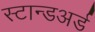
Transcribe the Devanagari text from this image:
स्टान्डअर्ड